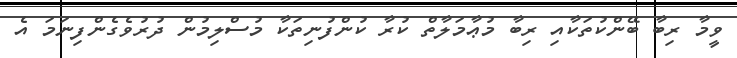
ވީމާ ރިބާ ބޭންކުތަކާއި ރިބާ މުޢާމަލާތް ކުރާ ކުންފުނިތަކާ މުސްލިމުން ދުރުވެގެންފިނަމަ އެ